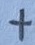
Text: +